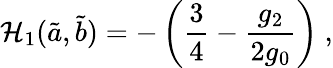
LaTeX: \mathcal{H}_{1}(\tilde{{a}},\tilde{{b}})=-\left(\frac{{3}}{{4}}-\frac{{g_{2}}}{{2g_{0}}}\right)~,